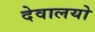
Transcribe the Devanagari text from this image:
देवालयो